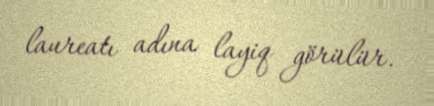
laureatı adına layiq görülür.